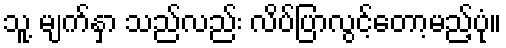
သူ့ မျက်နှာ သည်လည်း လိပ်ပြာလွင့်တော့မည့်ပုံ။